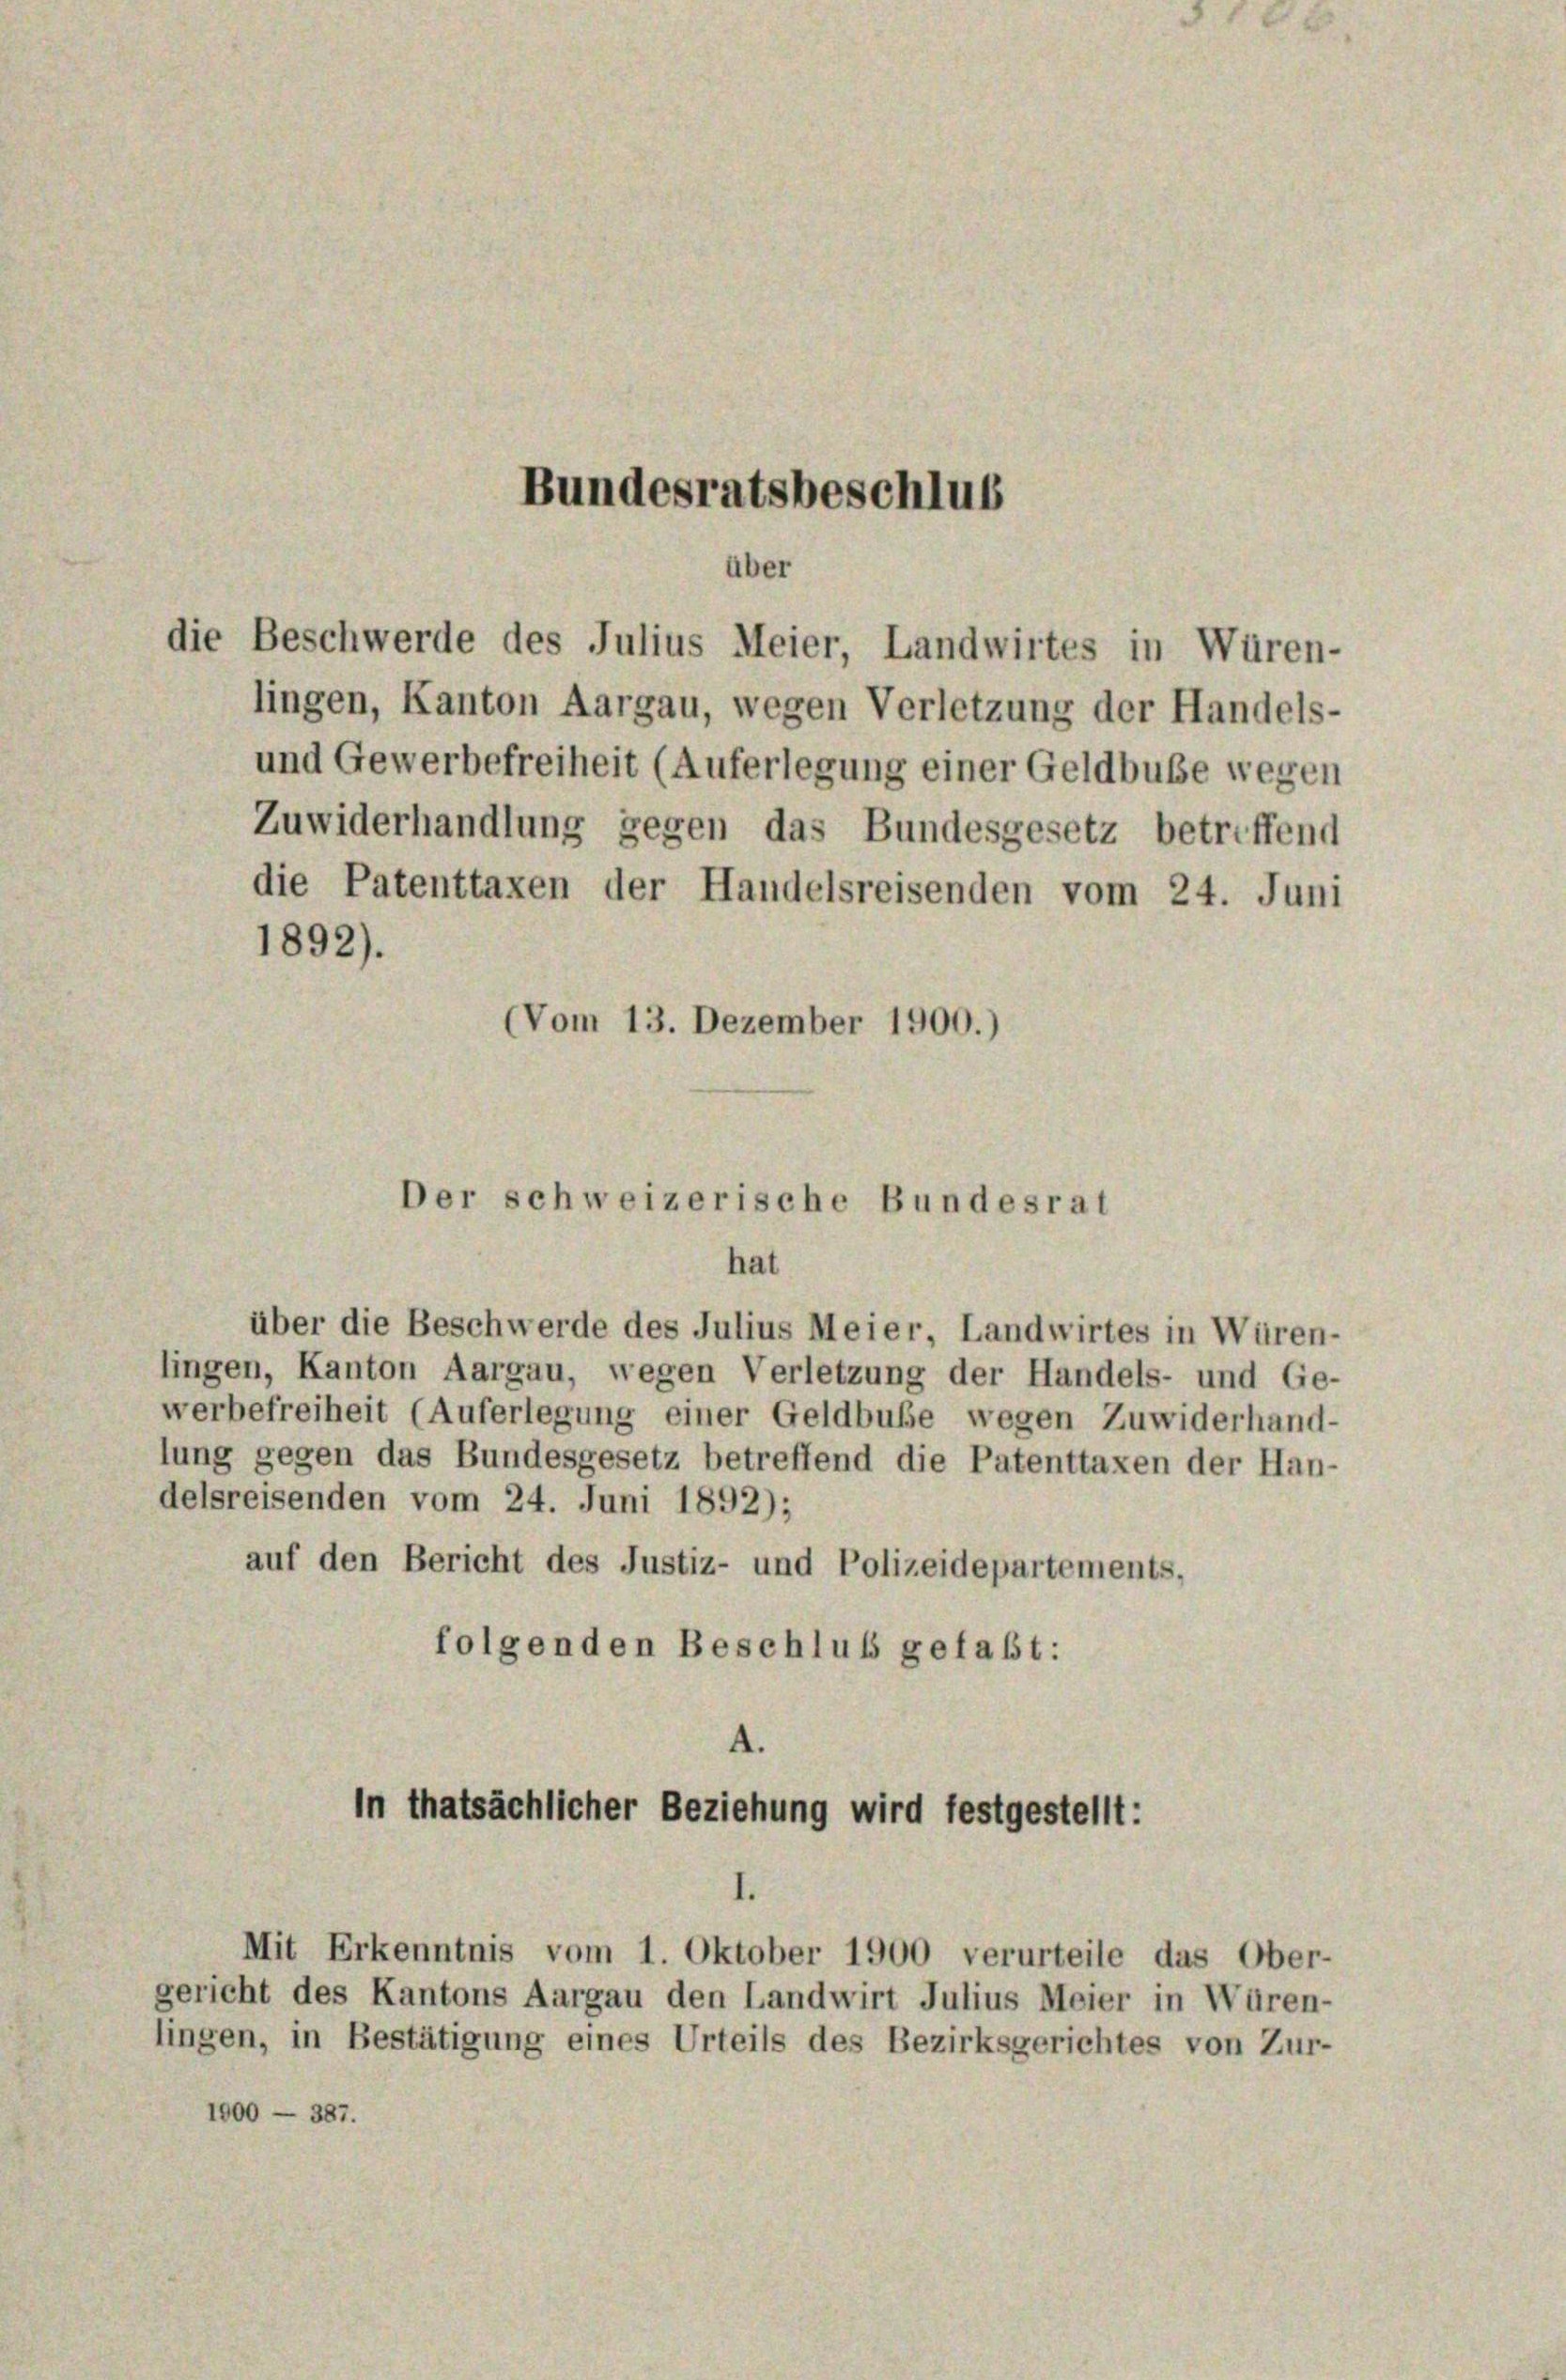
über
die Beschwerde des Julius Meier, Landwirtes in Würen-

lingen, Kanton Aargau, wegen Verletzung der Handels-
und Gewerbefreiheit (Auferlegung einer Geldbuße wegen
Zuwiderhandlung gegen das Bundesgesetz betreffend
die Patenttaxen der Handelsreisenden vom 24. Juni
1892).
(Vom 13. Dezember 1900.)

über die Beschwerde des Julius Meier, Landwirtes in Würen-
lingen, Kanton Aargau, wegen Verletzung der Handels- und Ge-
werbefreiheit (Auferlegung einer Geldbuße wegen Zuwiderhand-
lung gegen das Bundesgesetz betreffend die Patenttaxen der Han-
delsreisenden vom 24. Juni 1892);
auf den Bericht des Justiz- und Polizeidepartements,
folgenden Beschluß gefaßt:

Bundesratsbeschlus

Der schweizerische Bundesrat
hat

4.
In thatsächlicher Beziehung wird festgestellt:

Mit Erkenntnis vom 1. Oktober 1900 verurteile das Ober-
gericht des Kantons Aargau den Landwirt Julius Meier in Würen-
lingen, in Bestätigung eines Urteils des Bezirksgerichtes von Zur-
1000 — 387.